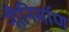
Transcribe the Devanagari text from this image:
नौनिर्माण